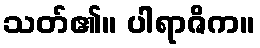
သတ်၏။ ပါရာဇိက။